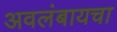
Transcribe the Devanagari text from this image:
अवलंबायचा